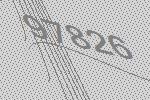
97826